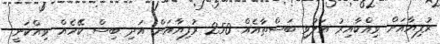
ރުފިޔާއަށް ވިއްކާއިރު އަލުވި ބަސްތާއެއް 250 ރުފިޔާއަށް އަދި ބިސް ކޭހެއް ވިއްކަނީ